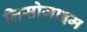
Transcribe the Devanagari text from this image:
लिसोजाइम